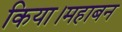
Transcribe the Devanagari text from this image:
किया।महाबन